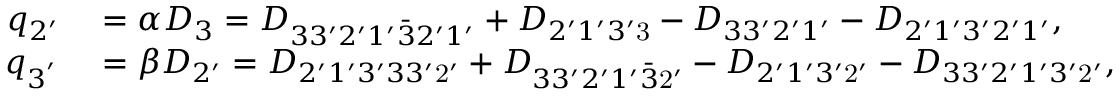
\begin{array} { r l } { q _ { 2 ^ { \prime } } } & { { } = \alpha D _ { 3 } = { D _ { 3 3 ^ { \prime } 2 ^ { \prime } 1 ^ { \prime } \bar { 3 } 2 ^ { \prime } 1 ^ { \prime } } } + { D _ { 2 ^ { \prime } 1 ^ { \prime } 3 ^ { \prime } \mathrm { { 3 } } } } - { D _ { 3 3 ^ { \prime } 2 ^ { \prime } 1 ^ { \prime } } } - { D _ { 2 ^ { \prime } 1 ^ { \prime } 3 ^ { \prime } 2 ^ { \prime } 1 ^ { \prime } } } , } \\ { q _ { 3 ^ { ' } } } & { { } = \beta D _ { 2 ^ { \prime } } = { D _ { 2 ^ { \prime } 1 ^ { \prime } 3 ^ { \prime } 3 3 ^ { \prime } \mathrm { { 2 ^ { \prime } } } } } + { D _ { 3 3 ^ { \prime } 2 ^ { \prime } 1 ^ { \prime } \bar { 3 } \mathrm { { 2 ^ { \prime } } } } } - { D _ { 2 ^ { \prime } 1 ^ { \prime } 3 ^ { \prime } \mathrm { { 2 ^ { \prime } } } } } - { D _ { 3 3 ^ { \prime } 2 ^ { \prime } 1 ^ { \prime } 3 ^ { \prime } \mathrm { { 2 ^ { \prime } } } } } , } \end{array}